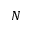
N